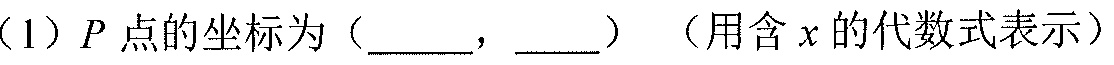
（1）\(P\)点的坐标为（\(\underline{\quad}\)，\(\underline{\quad}\)） （用含\(x\)的代数式表示）